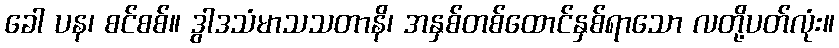
ခေါ ပန၊ စင်စစ်။ ဒွါဒသံမာသသတာနိ၊ အနှစ်တစ်ထောင်နှစ်ရာသော လတို့ပတ်လုံး။